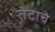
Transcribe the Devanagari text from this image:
तटाचे